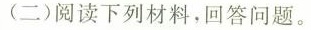
(二)阅读下列材料，回答问题。